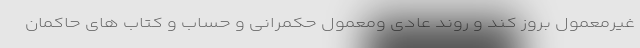
غیرمعمول بروز کند و روند عادی ومعمول حکمرانی و حساب و کتاب های حاکمان